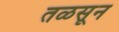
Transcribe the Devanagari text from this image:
तळसून